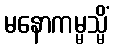
မနောကမ္မသ္မိံ